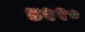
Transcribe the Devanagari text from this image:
४२१०